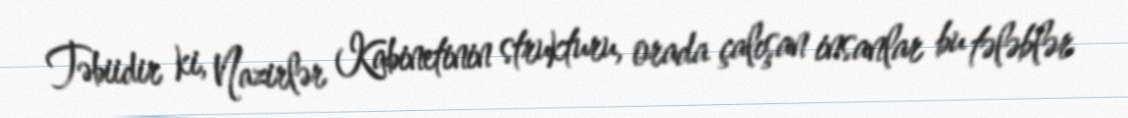
Təbiidir ki, Nazirlər Kabinetinin strukturu, orada çalışan insanlar bu tələblər